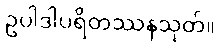
ဥပါဒါပရိတဿနသုတ်။